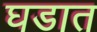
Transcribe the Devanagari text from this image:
घडात